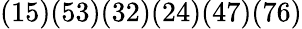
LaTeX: (15)(53)(32)(24)(47)(76)